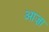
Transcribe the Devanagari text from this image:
आज़ा